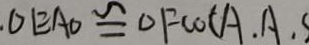
. \Delta E A O \cong \Delta F C O ( A . A , S